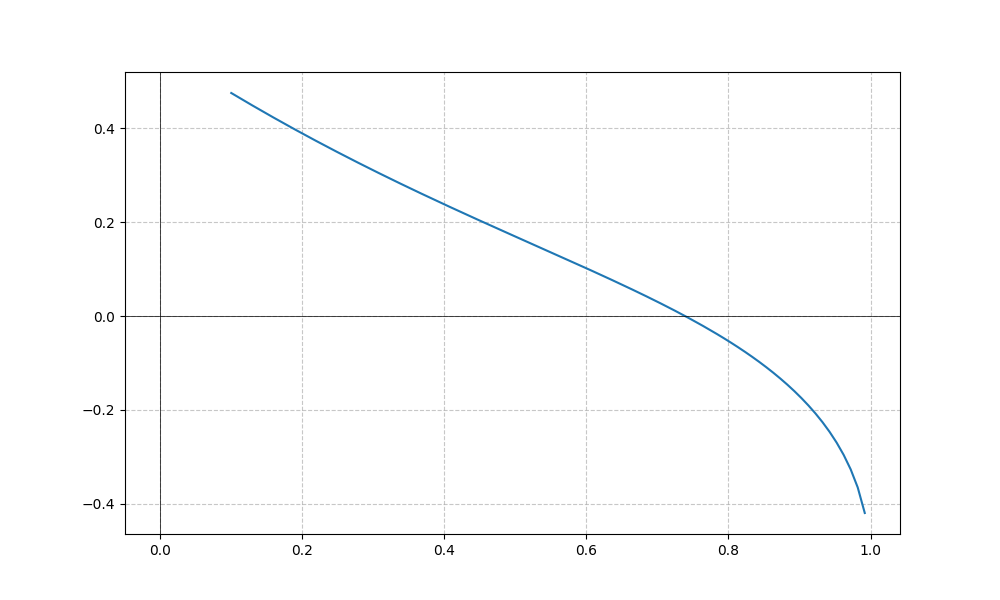
LaTeX formula: - \cos{\left(x \right)} + \operatorname{acos}{\left(x \right)}